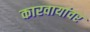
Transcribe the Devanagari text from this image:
कारवायांवर